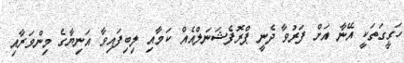
ހަގީގަތަކީ އޭނާ އަށް ފަރުވާ ދެނީ ޕްރޮފެޝަނަލްއެއް ކަމާއި ލިބިފައިވާ އަނިޔާގެ މިންވަރާއި